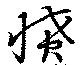
憤